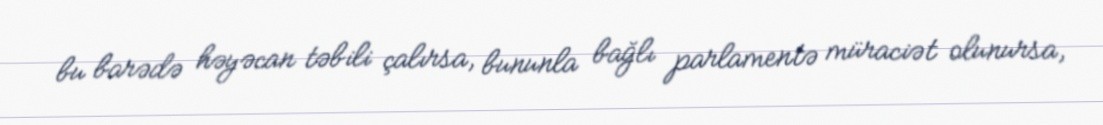
bu barədə həyəcan təbili çalırsa, bununla bağlı parlamentə müraciət olunursa,